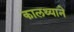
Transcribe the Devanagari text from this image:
कालथ्याने